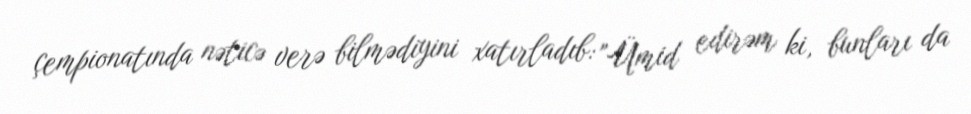
çempionatında nəticə verə bilmədiyini xatırladıb: "Ümid edirəm ki, bunları da